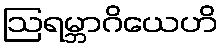
ဩရမ္ဘာဂိယေဟိ